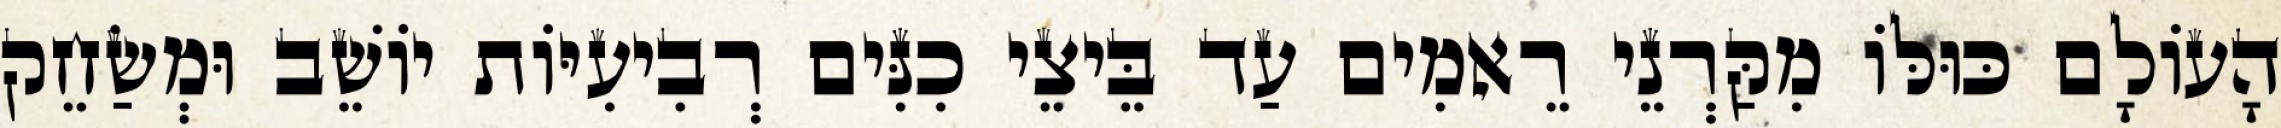
הָעוֹלָם כּוּלּוֹ מִקַּרְנֵי רֵאמִים עַד בֵּיצֵי כִנִּים רְבִיעִיּוֹת יוֹשֵׁב וּמְשַׂחֵק